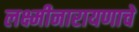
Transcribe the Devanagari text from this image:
लक्ष्मीनारायणाचे